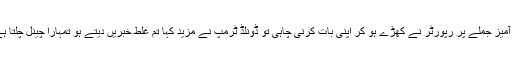
امریکی صدر کے تضحیک آمیز جملے پر رپورٹر نے کھڑے ہو کر اپنی بات کرنی چاہی تو ڈونلڈ ٹرمپ نے مزید کہا تم غلط خبریں دیتے ہو تمہارا چینل چلتا ہے ، تم لوگوں کے دشمن ہو ۔